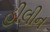
હીલીન